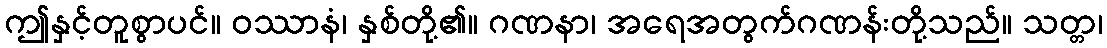
ဤနှင့်တူစွာပင်။ ဝဿာနံ၊ နှစ်တို့၏။ ဂဏနာ၊ အရေအတွက်ဂဏန်းတို့သည်။ သတ္တ၊